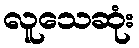
လူသေဆုံး